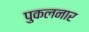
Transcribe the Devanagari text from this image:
पुकलनार